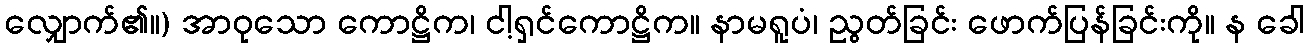
လျှောက်၏။) အာဝုသော ကောဋ္ဌိက၊ ငါ့ရှင်ကောဋ္ဌိက။ နာမရူပံ၊ ညွတ်ခြင်း ဖောက်ပြန်ခြင်းကို။ န ခေါ